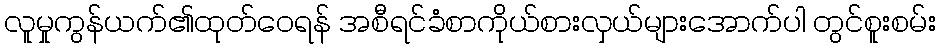
လူမှုကွန်ယက်၏ထုတ်ဝေရန် အစီရင်ခံစာကိုယ်စားလှယ်များအောက်ပါ တွင်စူးစမ်း